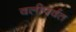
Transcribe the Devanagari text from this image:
वलीपर्वत